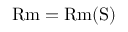
\ensuremath \mathrm { { R m } } = \ensuremath \mathrm { { R m } } ( \ensuremath \mathrm { { S } } )